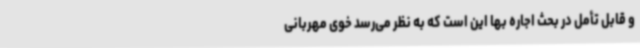
و قابل تأمل در بحث اجاره بها این است که به نظر می‌رسد خوی مهربانی